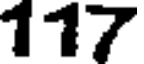
117